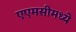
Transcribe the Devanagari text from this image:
एएमसीमध्ये